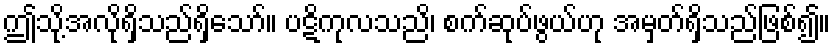
ဤသို့အလိုရှိသည်ရှိသော်။ ပဋိကုလသညိ၊ စက်ဆုပ်ဖွယ်ဟု အမှတ်ရှိသည်ဖြစ်၍။